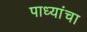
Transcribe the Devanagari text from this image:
पाध्यांचा